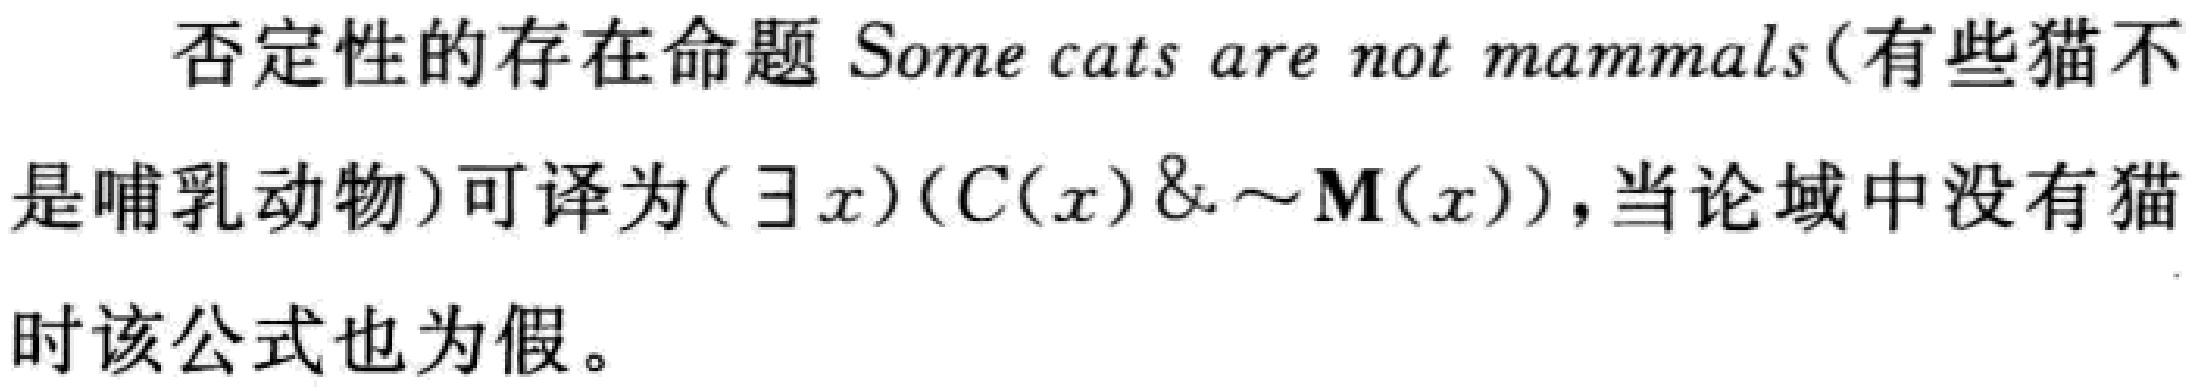
否定性的存在命题 Some cats are not mammals(有些猫不是哺乳动物)可译为$(\exists x)(C(x)\& \sim M(x))$，当论域中没有猫时该公式也为假。